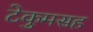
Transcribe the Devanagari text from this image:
टेकुमसह